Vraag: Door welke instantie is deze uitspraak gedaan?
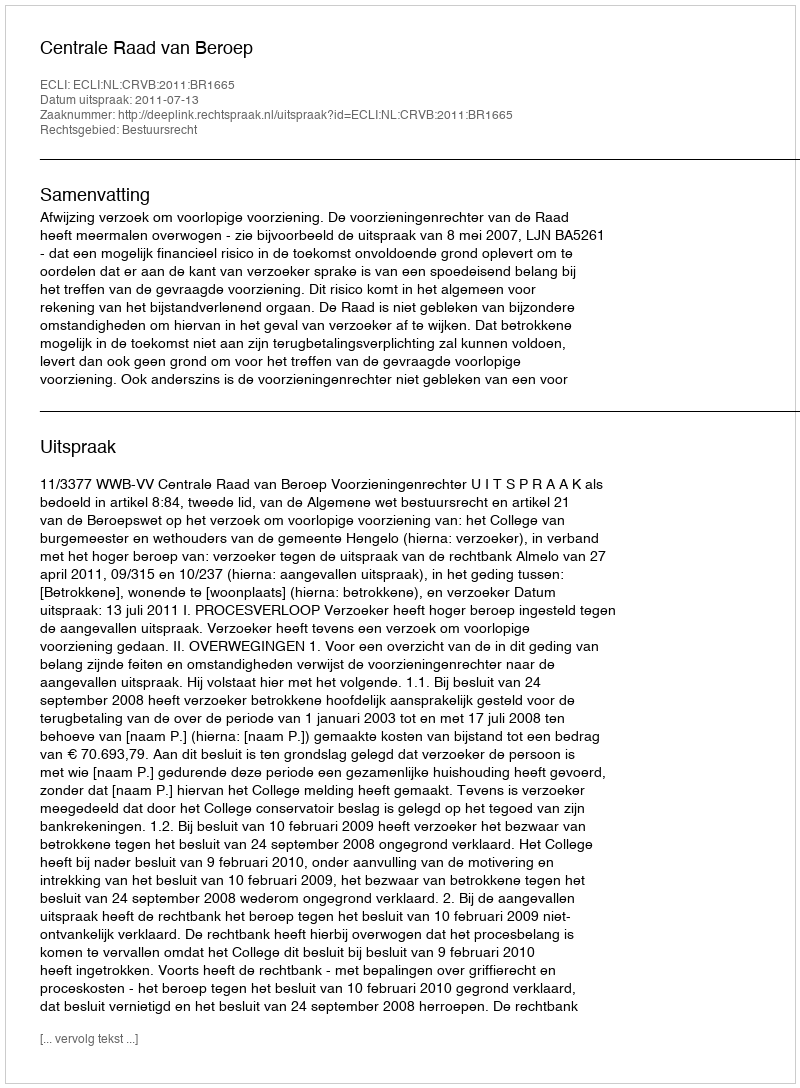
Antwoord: Centrale Raad van Beroep